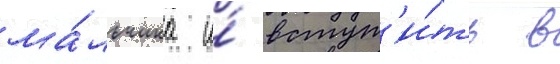
ма́льчика и́ вступ'и́ть в